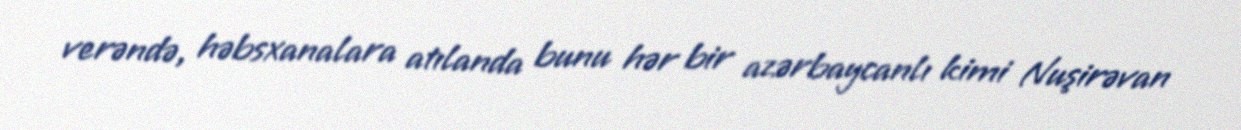
verəndə, həbsxanalara atılanda bunu hər bir azərbaycanlı kimi Nuşirəvan